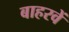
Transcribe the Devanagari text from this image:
बाहरवें